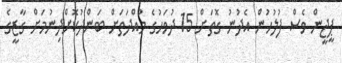
ޕީޖީން ވެސް ފުލުހުން އެދުނު ގޮތަށް 15 ދުވަހުގެ މުއްދަތަށް ބަންދުކޮށްދިނުމަށް ގާޒީގެ